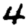
Digit: 4